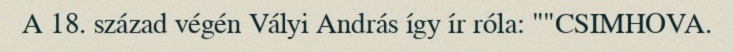
A 18. század végén Vályi András így ír róla: ""CSIMHOVA.